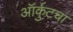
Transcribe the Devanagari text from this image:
ऑर्कुटचा